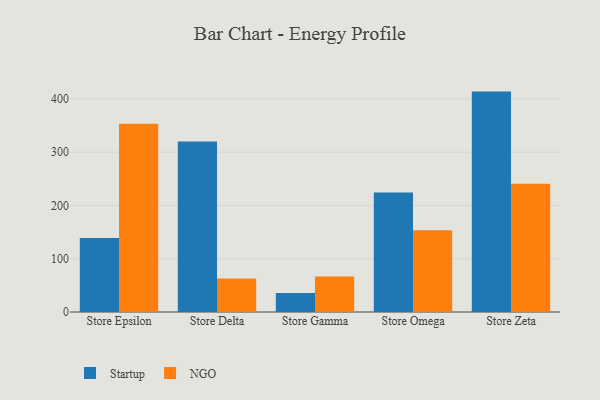
{"axis": {"x": "Store", "y": "Net Income (USD K)"}, "legend": ["NGO", "Startup"], "data": [{"x": "Store Epsilon", "y": 139.0, "type": "Startup"}, {"x": "Store Epsilon", "y": 353.1, "type": "NGO"}, {"x": "Store Delta", "y": 320.0, "type": "Startup"}, {"x": "Store Delta", "y": 62.7, "type": "NGO"}, {"x": "Store Gamma", "y": 35.8, "type": "Startup"}, {"x": "Store Gamma", "y": 66.5, "type": "NGO"}, {"x": "Store Omega", "y": 224.1, "type": "Startup"}, {"x": "Store Omega", "y": 153.3, "type": "NGO"}, {"x": "Store Zeta", "y": 413.6, "type": "Startup"}, {"x": "Store Zeta", "y": 240.9, "type": "NGO"}]}